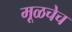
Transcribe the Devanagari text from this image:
मूळचेच